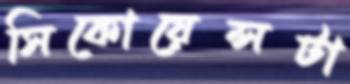
সিকোয়েন্সটা